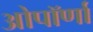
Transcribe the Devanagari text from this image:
ओपॉर्णा